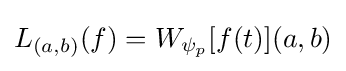
L_{(a,b)}(f)=W_{\psi _{p}}[f(t)](a,b)